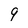
Character: 9